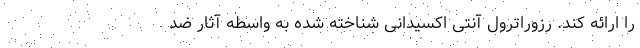
را ارائه کند. رزوراترول آنتی اکسیدانی شناخته شده به واسطه آثار ضد